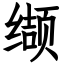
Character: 缬